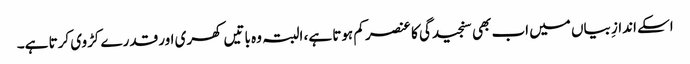
اسکے اندازِ بیاں میں اب بھی سنجیدگی کا عنصر کم ہوتا ہے، البتہ وہ باتیں کھری اور قدرے کڑوی کرتا ہے۔